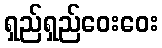
ရှည်ရှည်ဝေးဝေး